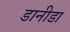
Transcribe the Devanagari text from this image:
डानीडा